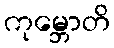
ကုမ္ဘောတိ